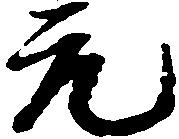
元